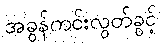
အခွန်ကင်းလွတ်ခွင့်